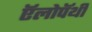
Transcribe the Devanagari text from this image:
ऍलोपॅथी